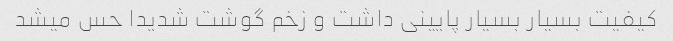
کیفیت بسیار بسیار پایینی داشت و زخم گوشت شدیدا حس میشد